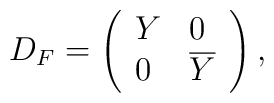
D_{F}=\left(\begin{array}{ll}Y & 0 \\0 & \overline{Y}\end{array}\right) ,